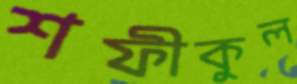
শফীকুল